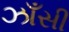
ઝાઁસી